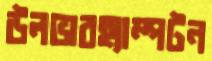
উলভারহ্যাম্পটন